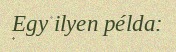
Egy ilyen példa: